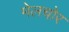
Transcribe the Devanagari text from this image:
मेलचोर